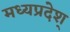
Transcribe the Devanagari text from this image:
मध्यप्रदेश्